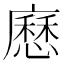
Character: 𭚄